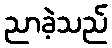
ညာခဲ့သည်